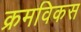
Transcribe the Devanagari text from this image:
क्रमविकस